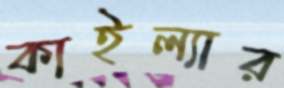
কাইল্যার